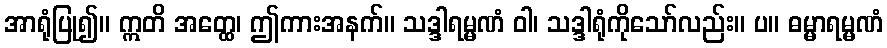
အာရုံပြု၍။ ဣတိ အတ္ထေ၊ ဤကားအနက်။ သဒ္ဒါရမ္မဏံ ဝါ၊ သဒ္ဒါရုံကိုသော်လည်း။ ပ။ ဓမ္မာရမ္မဏံ